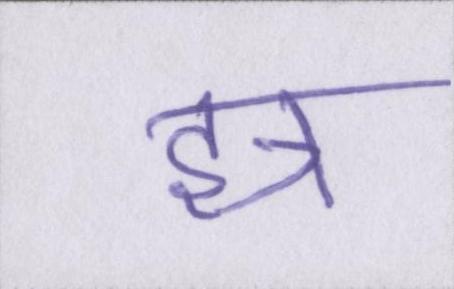
इत्र